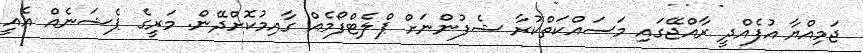
ޖަމިއްޔާ އުފެއްދީ ރާއްޖޭގައި މަސައްކަތްކުރާ ޝެފުންނަށް ޕްލެޓްފޯމެއް ގާއިމުކޮށްދޭން. މަރީގެ ޕެޝަނެއް އެއީ